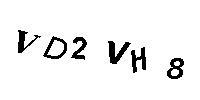
VD2VH8